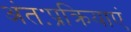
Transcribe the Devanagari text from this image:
अंतःप्रक्रियाएं